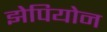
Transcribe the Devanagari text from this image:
झेपियोन